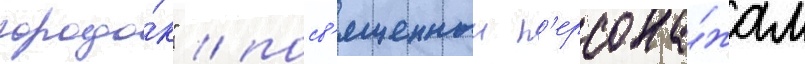
городо́к" / посв'ященныи п'ерсона́жам